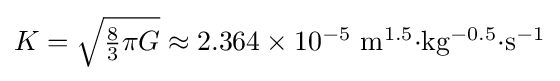
{\textstyle K={\sqrt {{\frac {8}{3}}\pi G}}\approx \mathrm {2.364\times 10^{-5}~m^{1.5}{\cdot }kg^{-0.5}{\cdot }s^{-1}} }